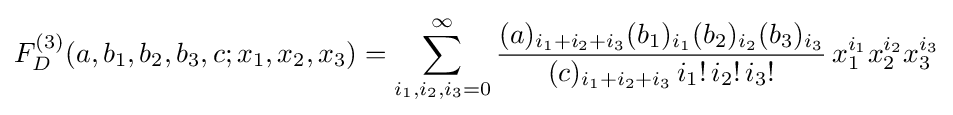
F_{D}^{(3)}(a,b_{1},b_{2},b_{3},c;x_{1},x_{2},x_{3})=\sum _{i_{1},i_{2},i_{3}=0}^{\infty }{\frac {(a)_{i_{1}+i_{2}+i_{3}}(b_{1})_{i_{1}}(b_{2})_{i_{2}}(b_{3})_{i_{3}}}{(c)_{i_{1}+i_{2}+i_{3}}\,i_{1}!\,i_{2}!\,i_{3}!}}\,x_{1}^{i_{1}}x_{2}^{i_{2}}x_{3}^{i_{3}}